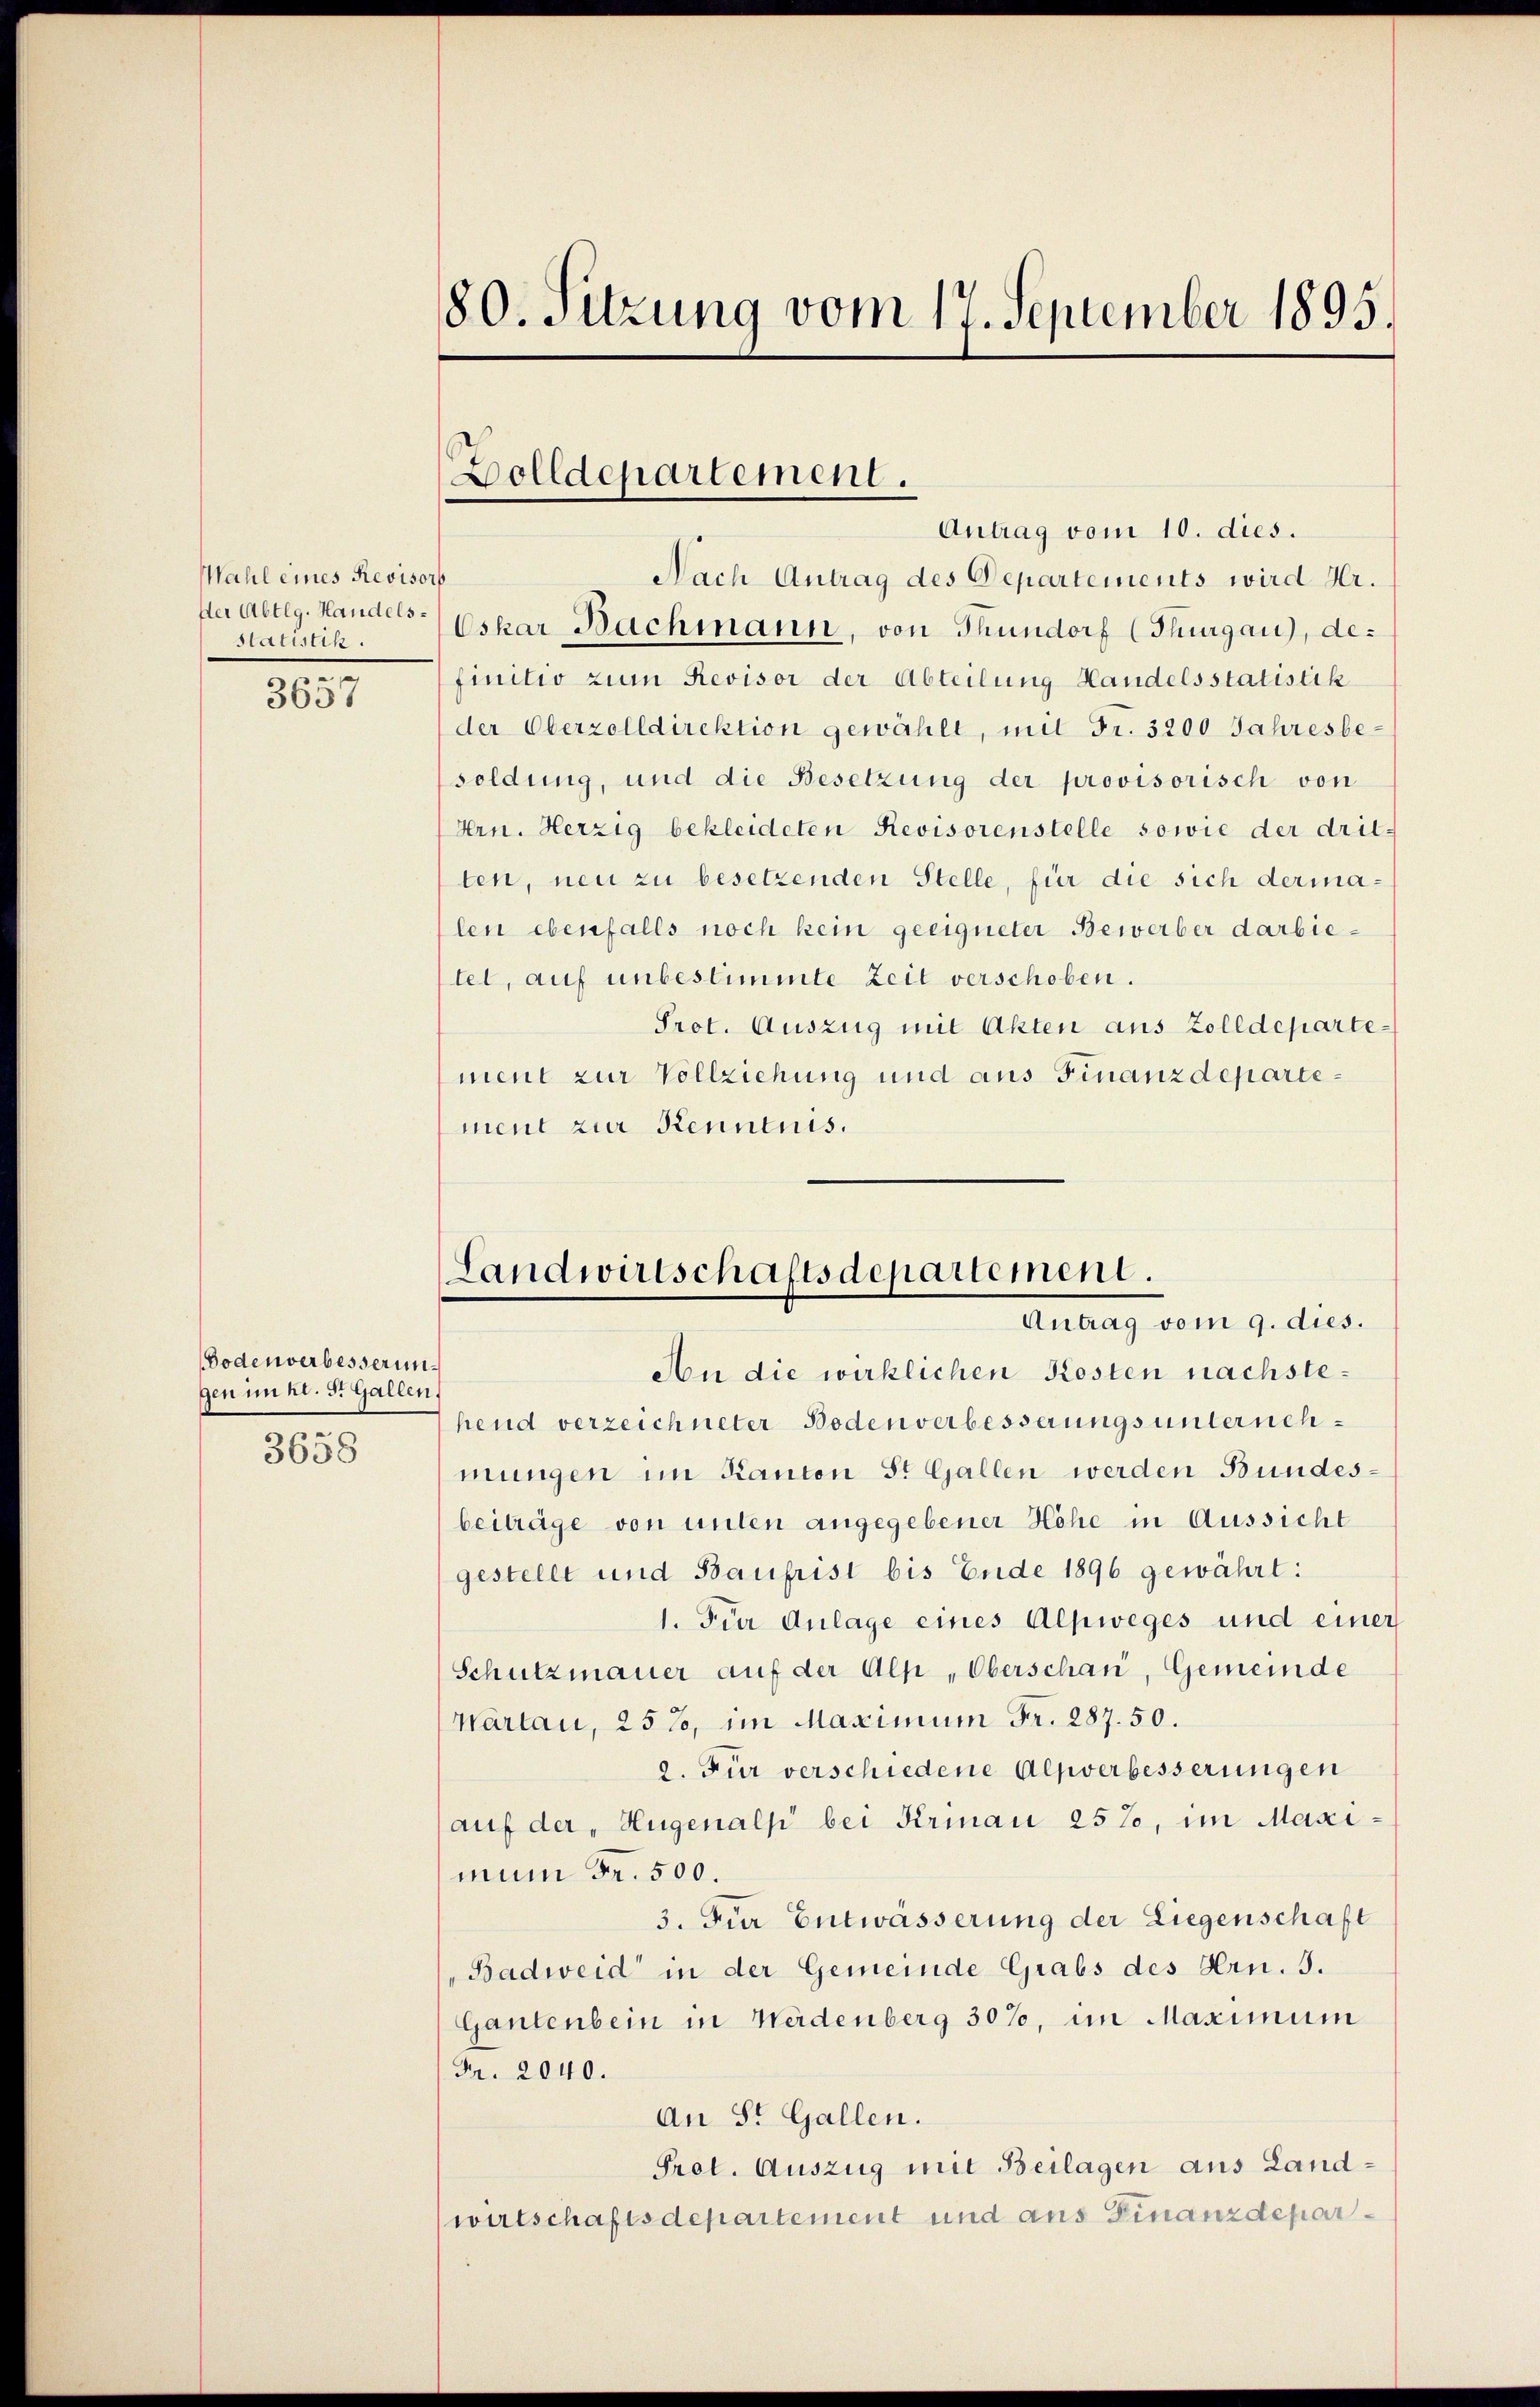
Wahl eines Revisors
der Abtlg. Handels-
statistik.
.

3657

Bodenverbesserungen im nr. St. Gallen,
3658

80. Sitzung vom 17. September 1895.

Nach Antrag des Departements wird Hr.
Oskar Bachmann, von Thundorf (Thurgau), definitio zum Revisor der Abteilung Handelsstatistik
der Oberzolldirektion gewählt, mit Fr. 3200 Jahresbesoldung, und die Besetzung der provisorisch von
Hrn. Herzig bekleideten Revisorenstelle sowie der dritten, neu zu besetzenden Stelle, für die sich dermalen ebenfalls noch kein geeigneter Bewerber darbietet, auf unbestimmte Zeit verschoben.
Prot. Auszug mit Akten aus Zolldepartement zur Vollziehung und aus Finanzdepartement zur Kenntnis.

Dolldepartement.
Antrag vom 10. dies.

Landwirtschaftsdepartement.
Antrag vom 9. dies.

An die wirklichen Kosten nachstehend verzeichneter Bodenverbesserungs unternehmungen im Kanton St. Gallen werden Bundesbeiträge von unten angegebener Höhe in Aussicht
gestellt und Baufrist bis Ende 1896 gewährt:
1. Für Anlage eines Alpweges und einer
Schutzmauer auf der Alp, Oberschau, Gemeinde
Wartau, 257, im Maximum Fr. 287. 50.
2. Für verschiedene Alpverbesserungen
auf der „Hugenalp bei Krinau 257, im Maximun Fr. 500.
3. Für Entwässerung der Liegenschaft
Badweid in der Gemeinde Grabs des Hrn. 3.
Gantenbein in Werdenberg 30%, im Maximum
Fr. 2040.
An St. Gallen.
Prot. Auszug mit Beilagen aus Land¬
(wirtschaftsdepartement und aus Finanzdepar¬